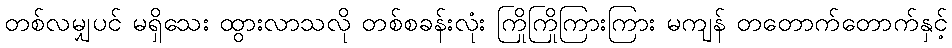
တစ်လမျှပင် မရှိသေး ထွားလာသလို တစ်စခန်းလုံး ကြိုကြိုကြားကြား မကျန် တတောက်တောက်နှင့်